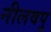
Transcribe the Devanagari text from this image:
नीलवपु